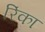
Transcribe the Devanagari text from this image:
रिंका